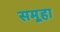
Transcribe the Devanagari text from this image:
समूहा